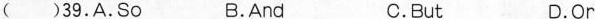
( )39.A.So B.And c.But D.Or